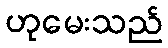
ဟုမေးသည်